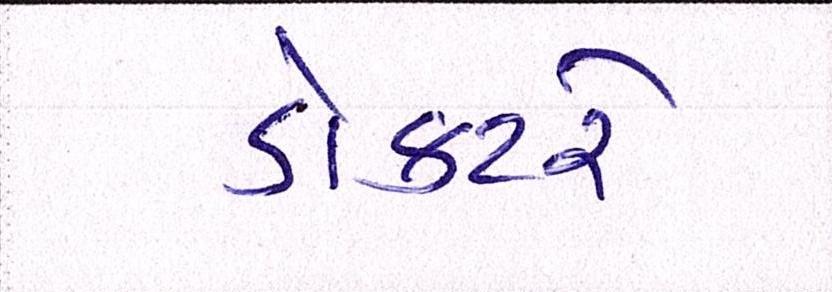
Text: ડોક્ટરે